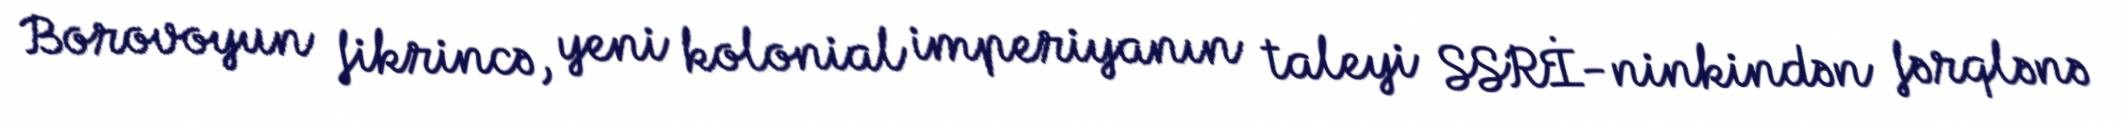
Borovoyun fikrincə, yeni kolonial imperiyanın taleyi SSRİ-ninkindən fərqlənə